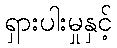
ရှားပါးမှုနှင့်